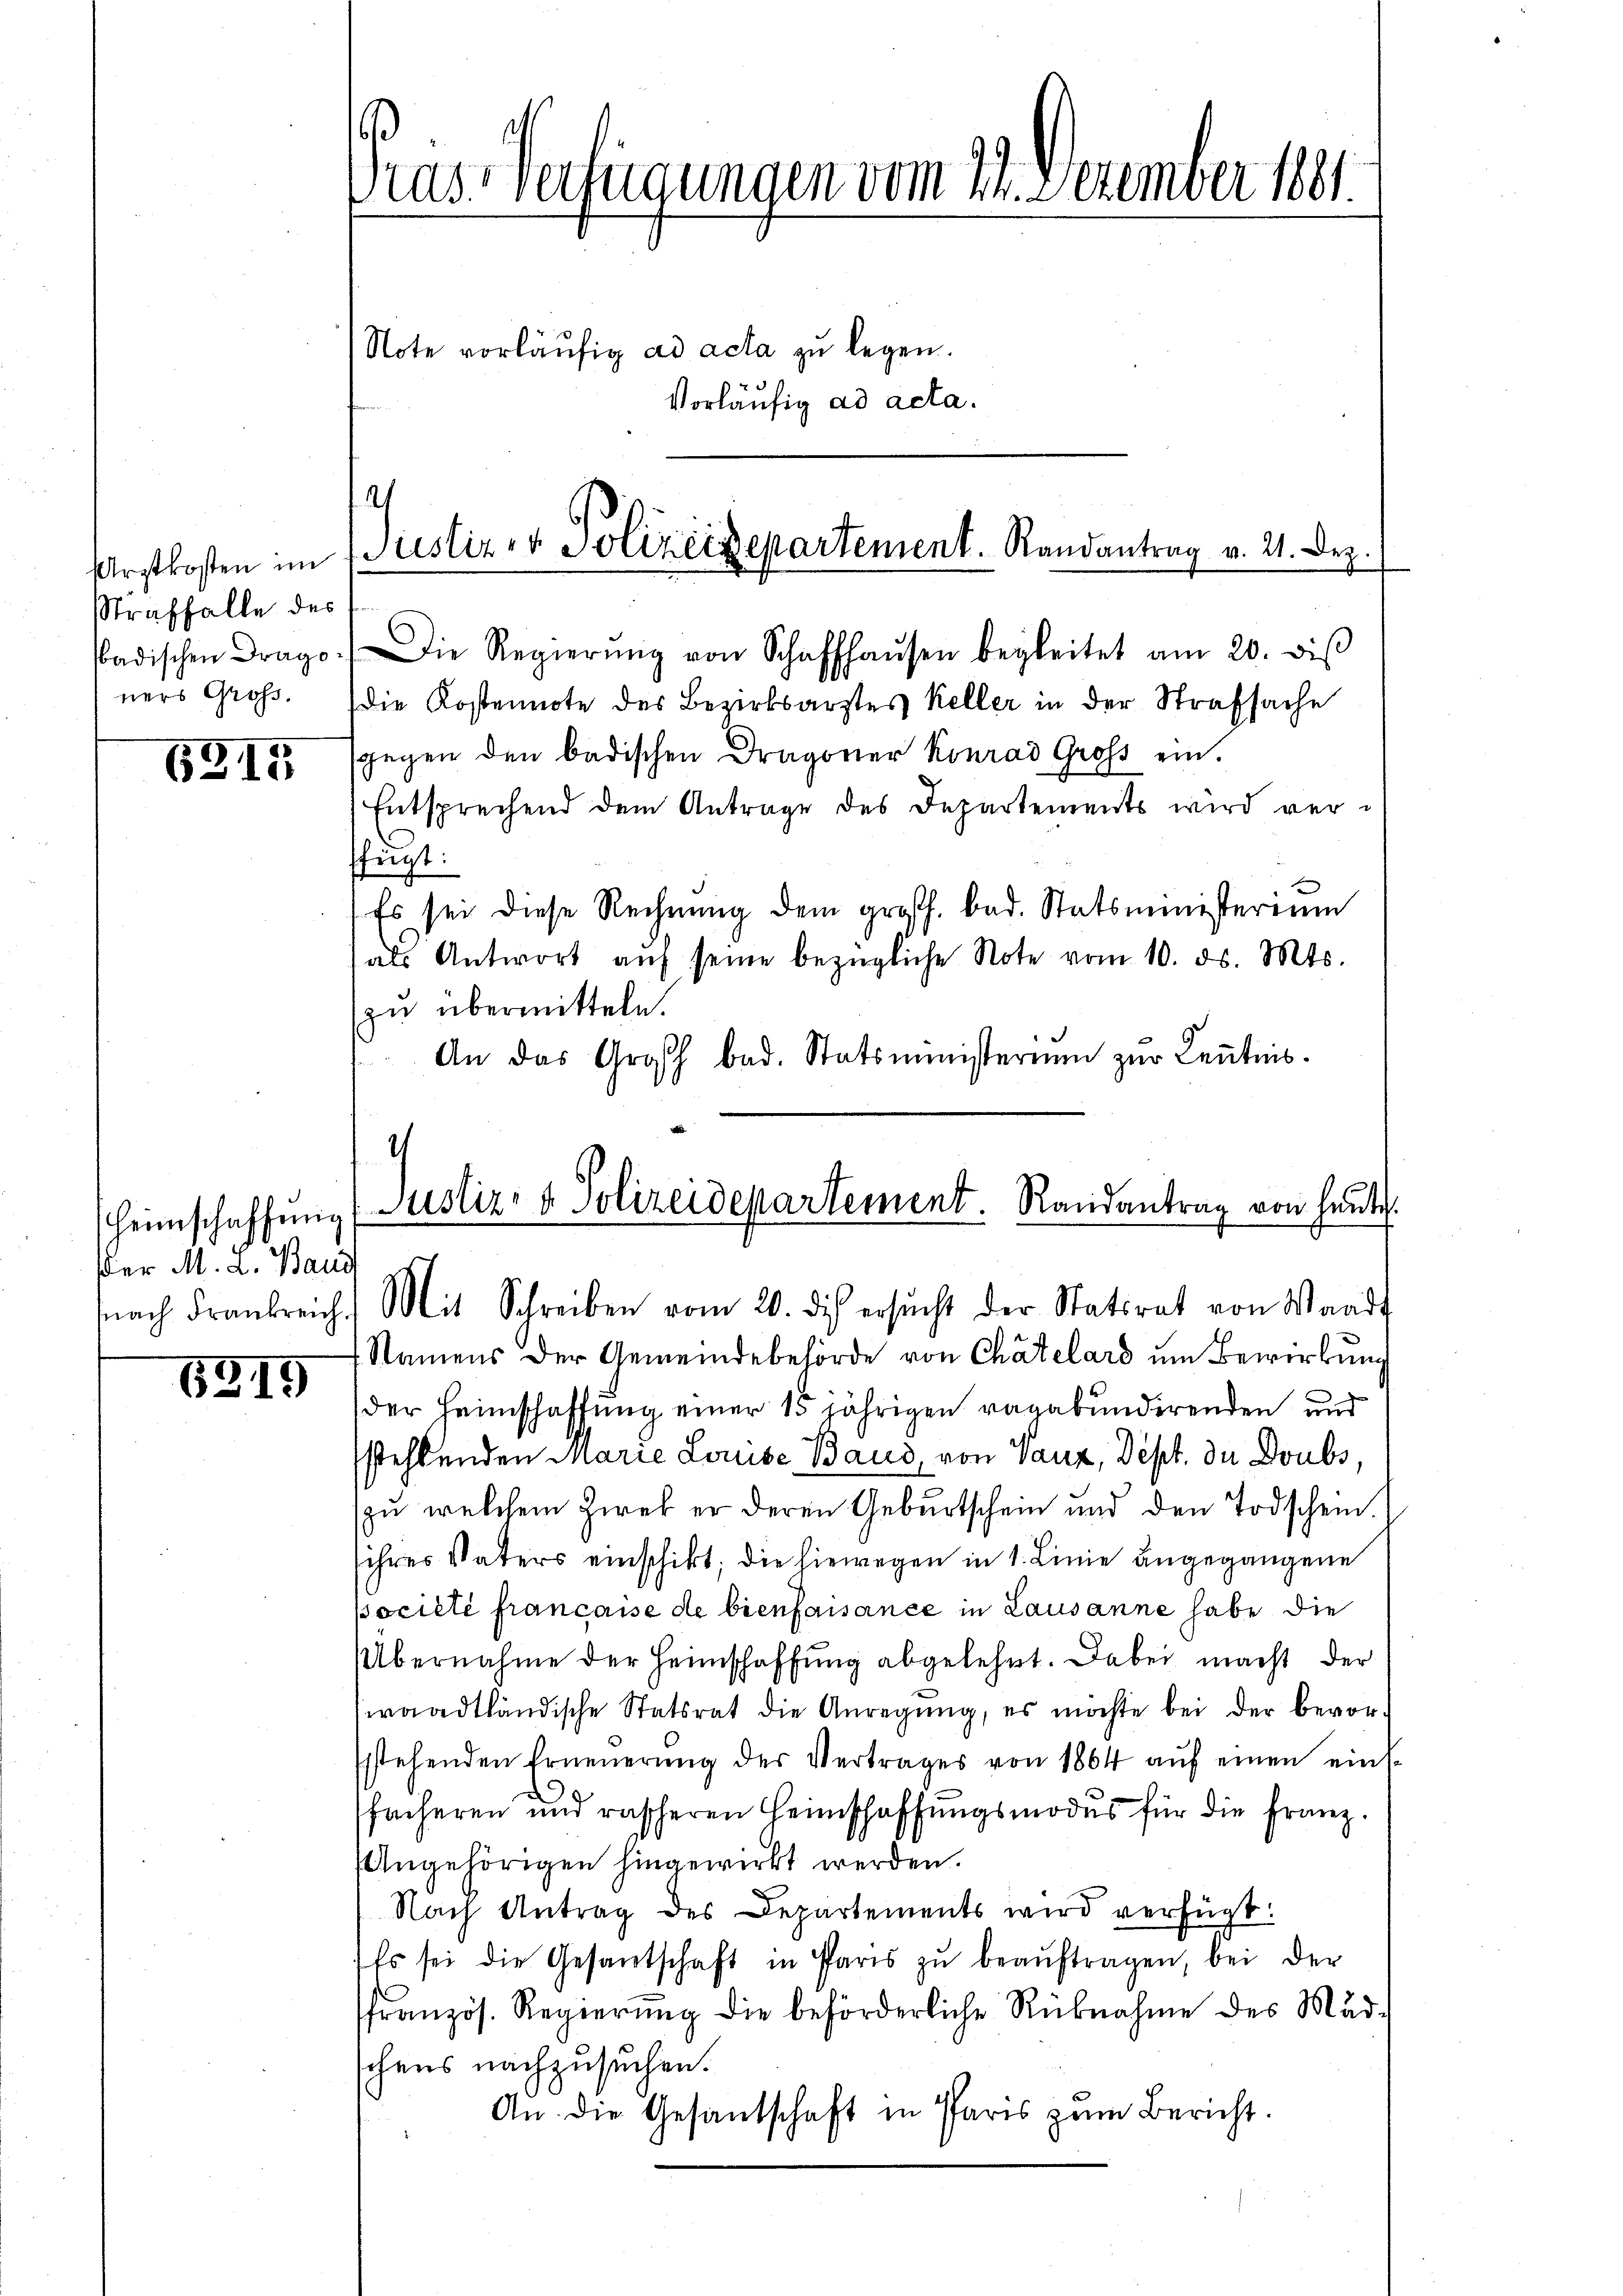
Arztkosten im
Straffalle des
badischen Drago
ners Groß.

635

Heimschaffung
er M. L. Band
nach Frankreich.

5315

Die Regierŭng von Schaffhaŭsen begleitet am 20. diβ
die Kostennote des Bezirksarztes Keller in der Strafsache
sgegen den badischen Dragoner Konrad Gross ein.
Entsprechend dem Antrage des Departements wird verffügt:
Es sei diese Rechnung dem großh. bad. Statsministerium
als Antwort aŭf seine bezügliche Note vom 10. ds. Mts.
zu übermitteln.
An das Großh. bad. Statsministerium zur Keṅtnis.

Präs. Verfügungen vom 29. Dezember 1891.

Note vorläufig ad acta zu legen.
vorläufig ad acta.

.
Justiz er Polizeisepartement. Randantrag v. 21. Dez.

.
Justiz- & Polizeidepartement. Randantrag von heute.
Mit Schreiben vom 20. dis ersŭcht der Statsrat von Waadt

Namens der Gemeindebehörde von Chätelard um Bewirkung
der Heimschaffung einer 15 jährigen ragabundirenden und
sstehlenden Marie Louise Baud, von Vanz, Dept. In Doubs,
zu welchem Zwek er deren Geburtschein und den Todschein.
ihres Vaters einschikt; die hiewegen in 1. Linie angegangene
pociete francasse de bienfaisance in Lausanne habe die
Übernahme der Heimschaffung abgelehnt. Dabei macht der
waadtländische Statsrat die Anregung, es möchte bei der bevor-
ssstehenden Erneŭerŭng der Vertrages von 1864 aŭf einen eins-
fächeren und rascheren Heimschaffungsmodes für die Franz.
Angehörigen hingewirkt werden.
Nach Antrag des Departements wird verfügt:
Es sei die Gesantschaft in Paris zŭ beaŭftragen, bei der
französ. Regierŭng die beförderliche Rüknahme des Mad.
schens nachzusuchen.
An die Gesantschaft in Paris zŭm Bericht.